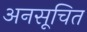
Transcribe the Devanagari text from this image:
अनसूचित